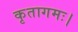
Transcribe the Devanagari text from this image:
कृतागमः।